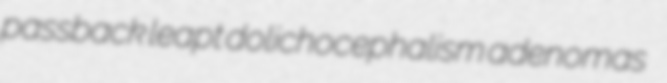
passback leapt dolichocephalism adenomas